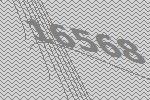
16568